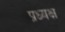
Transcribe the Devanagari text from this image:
प्रध्यक्ष